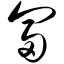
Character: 匐